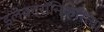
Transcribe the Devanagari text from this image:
इलेक्ट्रॉनिकरित्या